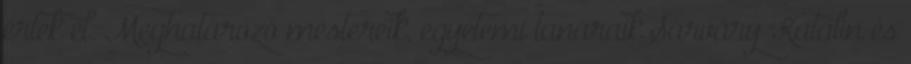
értek el. Meghatározó mestereik, egyetemi tanáraik Sárváry Katalin és